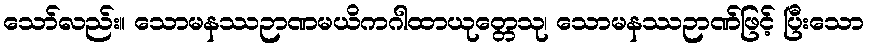
သော်လည်း။ သောမနဿဉာဏမယိကဂါထာယုတ္တေသု၊ သောမနဿဉာဏ်ဖြင့် ပြီးသော